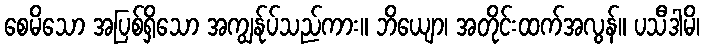
စေမိသော အပြစ်ရှိသော အကျွန်ုပ်သည်ကား။ ဘိယျော၊ အတိုင်းထက်အလွန်။ ပသီဒါမိ၊